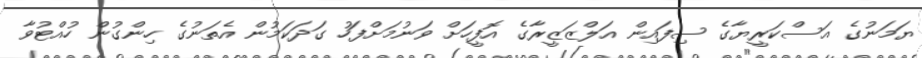
ޔަމަނުގެ އަސްކަރީޔާގެ ސިފައިން އަލްޒަޒީރާގެ އޮފީހަށް ވަނުމަށްފަހު ގަދަކަމުން އެތަނުގެ ހިންގުން ހުއްޓުވާ